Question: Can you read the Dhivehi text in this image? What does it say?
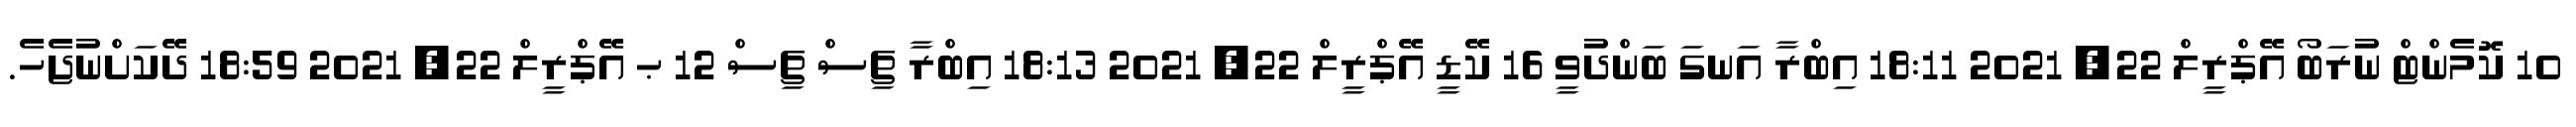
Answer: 10 ކޮމެންޓް ނުރަބޯ އޭޕްރީލް 22, 2021 18:11 އިބްރާ އަނގަ ބަންދުވީ 16 ކޭޑީ އޭޕްރީލް 22, 2021 18:13 އިބްރާ ޗިސް ޗިސް 12 ޙ އޭޕްރީލް 22, 2021 18:59 ދޭކަށްނުޖެހެ.